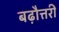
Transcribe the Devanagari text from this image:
बढ़ौत्तरी